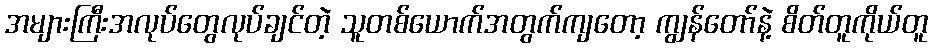
အများကြီးအလုပ်တွေလုပ်ချင်တဲ့ သူတစ်ယောက်အတွက်ကျတော့ ကျွန်တော်နဲ့ စိတ်တူကိုယ်တူ